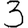
Digit: 3